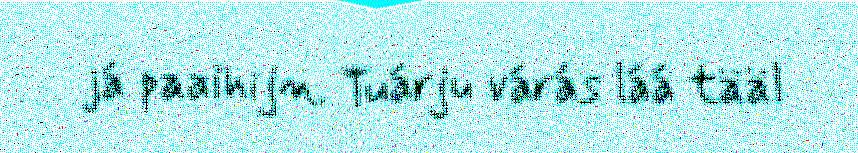
já paaihijn. Tuárju várás láá tääl